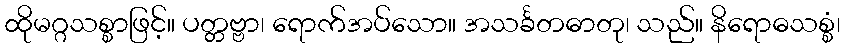
ထိုမဂ္ဂသစ္စာဖြင့်။ ပတ္တဗ္ဗာ၊ ရောက်အပ်သော။ အသင်္ခတဓာတု၊ သည်။ နိရောဓသစ္စံ၊